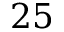
2 5